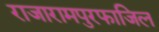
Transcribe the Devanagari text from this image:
राजारामपुरफाजिल